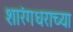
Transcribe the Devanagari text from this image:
शारंगधराच्या